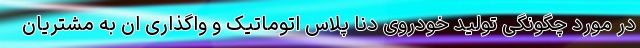
در مورد چگونگی تولید خودروی دنا پلاس اتوماتیک و واگذاری ان به مشتریان